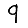
Digit: 9